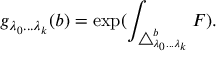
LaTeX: g _ { \lambda _ { 0 } . . . \lambda _ { k } } ( b ) = \exp ( \int _ { \triangle _ { \lambda _ { 0 } . . . \lambda _ { k } } ^ { b } } F ) .